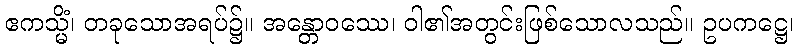
ဧကသ္မိံ၊ တခုသောအရပ်၌။ အန္တောဝဿေ၊ ဝါ၏အတွင်းဖြစ်သောလသည်။ ဥပကဋ္ဌေ၊